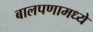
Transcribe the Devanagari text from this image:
बालपणामध्ये